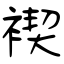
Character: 褉